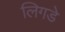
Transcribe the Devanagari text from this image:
लिगडे